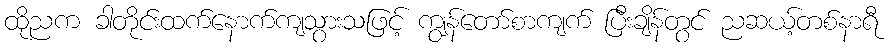
ထိုညက ခါတိုင်းထက်နောက်ကျသွားသဖြင့် ကျွန်တော်စာကျက် ပြီးချိန်တွင် ညဆယ့်တစ်နာရီ